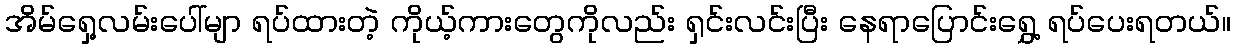
အိမ်ရှေ့လမ်းပေါ်မျာ ရပ်ထားတဲ့ ကိုယ့်ကားတွေကိုလည်း ရှင်းလင်းပြီး နေရာပြောင်းရွှေ့ ရပ်ပေးရတယ်။